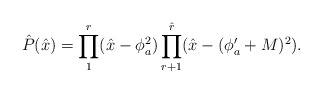
\begin{align*}\hat{P}(\hat{x})=\prod_1^r(\hat{x}-\phi_a^2) \prod_{r+1}^{\hat{r}}(\hat{x}-(\phi'_a+M)^2).\end{align*}